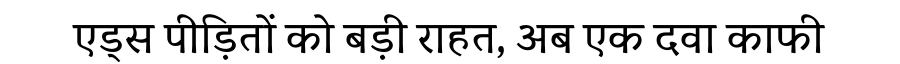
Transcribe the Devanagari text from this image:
एड्स पीड़ितों को बड़ी राहत, अब एक दवा काफी